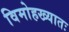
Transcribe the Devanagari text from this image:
विमोहख्यातः